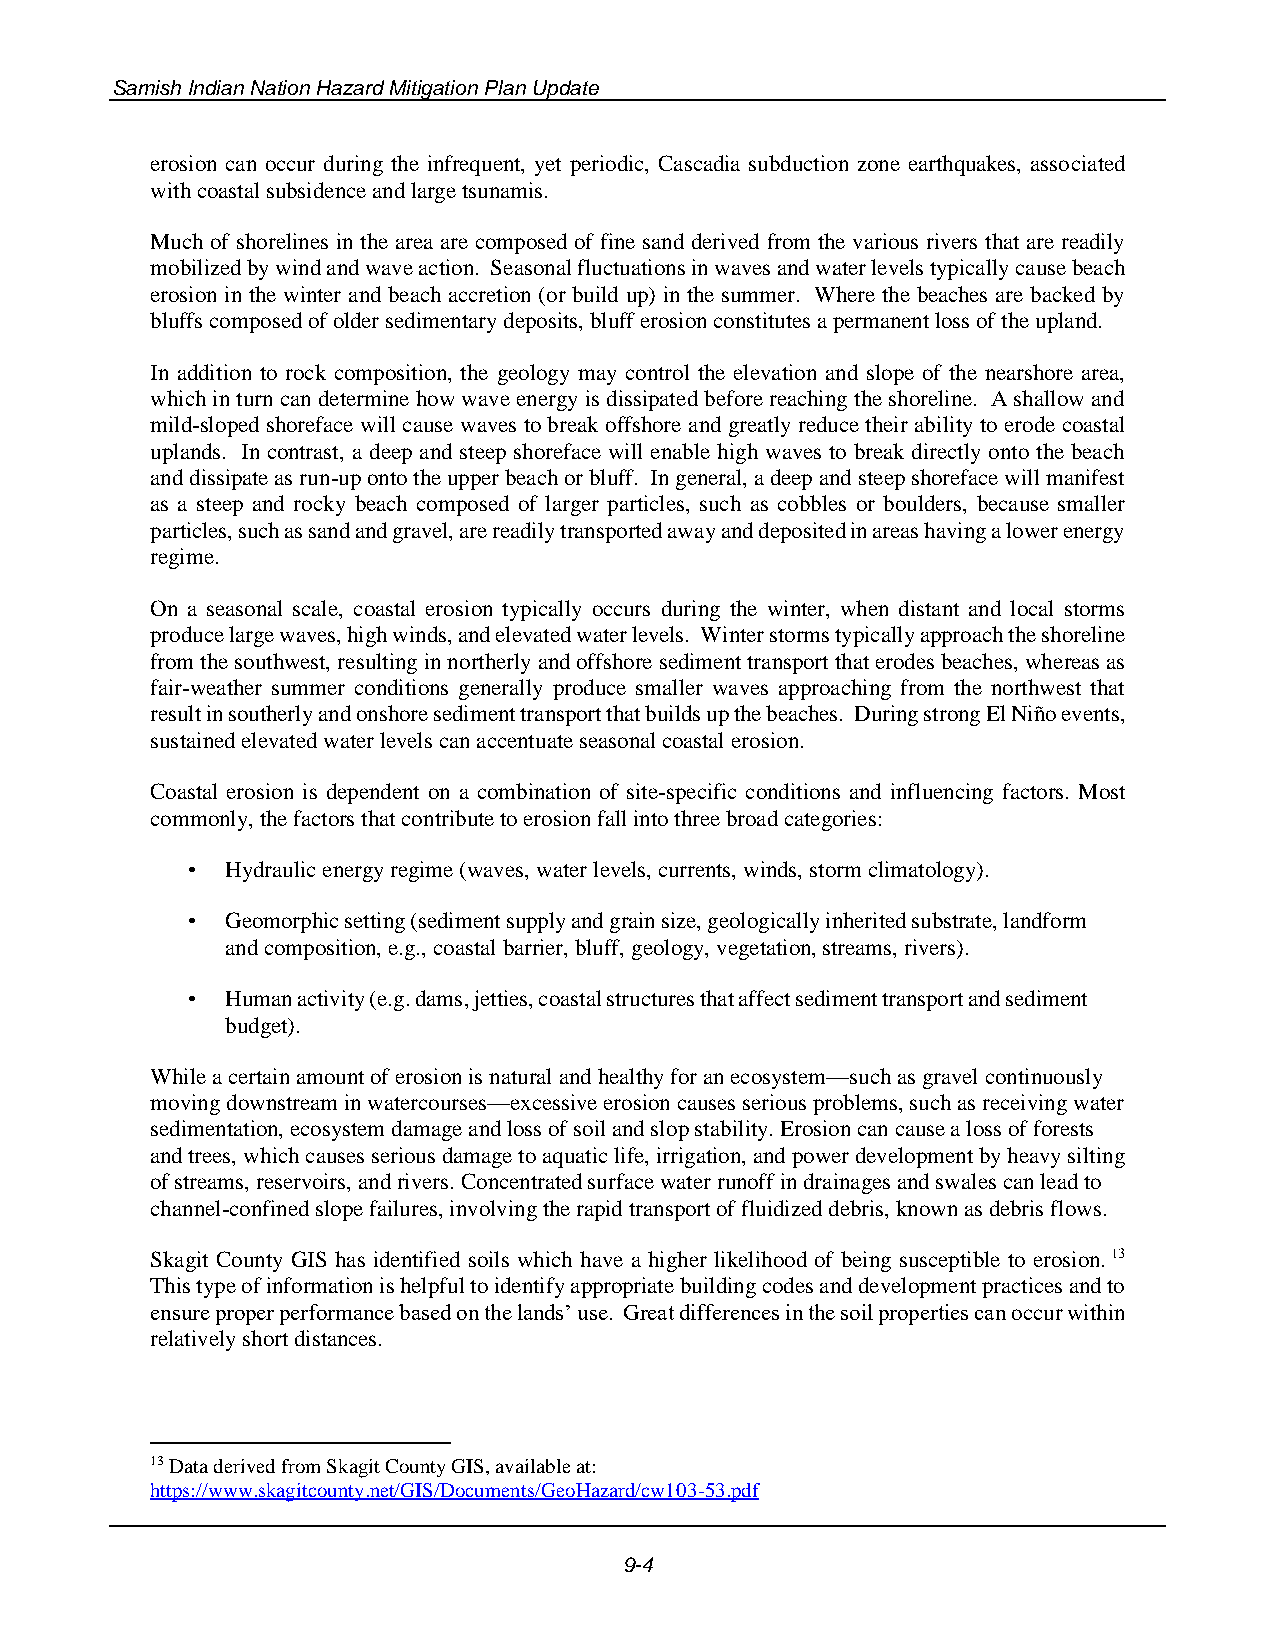
Samish Indian Nation Hazard Mitigation Plan Update
 erosion can occur during the infrequent, yet periodic, Cascadia subduction zone earthquakes, associated
 with coastal subsidence and large tsunamis.
 Much of shorelines in the area are composed of fine sand derived from the various rivers that are readily
 mobilized by wind and wave action. Seasonal fluctuations in waves and water levels typically cause beach
 erosion in the winter and beach accretion (or build up) in the summer. Where the beaches are backed by
 bluffs composed of older sedimentary deposits, bluff erosion constitutes a permanent loss of the upland.
 In addition to rock composition, the geology may control the elevation and slope of the nearshore area,
 which in turn can determine how wave energy is dissipated before reaching the shoreline. A shallow and
 mild-sloped shoreface will cause waves to break offshore and greatly reduce their ability to erode coastal
 uplands. In contrast, a deep and steep shoreface will enable high waves to break directly onto the beach
 and dissipate as run-up onto the upper beach or bluff. In general, a deep and steep shoreface will manifest
 as a steep and rocky beach composed of larger particles, such as cobbles or boulders, because smaller
 particles, such as sand and gravel, are readily transported away and deposited in areas having a lower energy
 regime.
 On a seasonal scale, coastal erosion typically occurs during the winter, when distant and local storms
 produce large waves, high winds, and elevated water levels. Winter storms typically approach the shoreline
 from the southwest, resulting in northerly and offshore sediment transport that erodes beaches, whereas as
 fair-weather summer conditions generally produce smaller waves approaching from the northwest that
 result in southerly and onshore sediment transport that builds up the beaches. During strong El Niño events,
 sustained elevated water levels can accentuate seasonal coastal erosion.
 Coastal erosion is dependent on a combination of site-specific conditions and influencing factors. Most
 commonly, the factors that contribute to erosion fall into three broad categories:
 •  Hydraulic energy regime (waves, water levels, currents, winds, storm climatology).
 •  Geomorphic setting (sediment supply and grain size, geologically inherited substrate, landform
 and composition, e.g., coastal barrier, bluff, geology, vegetation, streams, rivers).
 •  Human activity (e.g. dams, jetties, coastal structures that affect sediment transport and sediment
 budget).
 While a certain amount of erosion is natural and healthy for an ecosystem—such as gravel continuously
 moving downstream in watercourses—excessive erosion causes serious problems, such as receiving water
 sedimentation, ecosystem damage and loss of soil and slop stability. Erosion can cause a loss of forests
 and trees, which causes serious damage to aquatic life, irrigation, and power development by heavy silting
 of streams, reservoirs, and rivers. Concentrated surface water runoff in drainages and swales can lead to
 channel-confined slope failures, involving the rapid transport of fluidized debris, known as debris flows.
 Skagit County GIS has identified soils which have a higher likelihood of being susceptible to erosion. 13
 This type of information is helpful to identify appropriate building codes and development practices and to
 ensure proper performance based on the lands’ use. Great differences in the soil properties can occur within
 relatively short distances.
 13 Data derived from Skagit County GIS, available at:
 https://www.skagitcounty.net/GIS/Documents/GeoHazard/cw103-53.pdf
 9-4